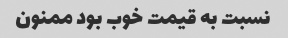
نسبت به قیمت خوب بود ممنون